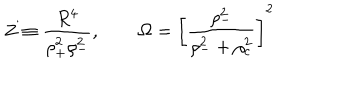
Z \equiv \frac { R ^ { 4 } } { \rho _ { + } ^ { 2 } \rho _ { - } ^ { 2 } } , \; \; \ \ \Omega = \left[ \frac { \rho _ { - } ^ { 2 } } { \rho _ { - } ^ { 2 } + \rho _ { c } ^ { 2 } } \right] ^ { 2 }